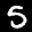
Label: 5